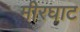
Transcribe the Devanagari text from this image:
मीरघाट